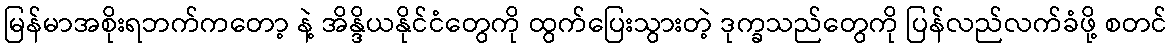
မြန်မာအစိုးရဘက်ကတော့ နဲ့ အိန္ဒိယနိုင်ငံတွေကို ထွက်ပြေးသွားတဲ့ ဒုက္ခသည်တွေကို ပြန်လည်လက်ခံဖို့ စတင်